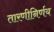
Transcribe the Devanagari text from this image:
तारणीनिर्णय